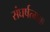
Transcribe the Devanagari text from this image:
संघर्षत्मक